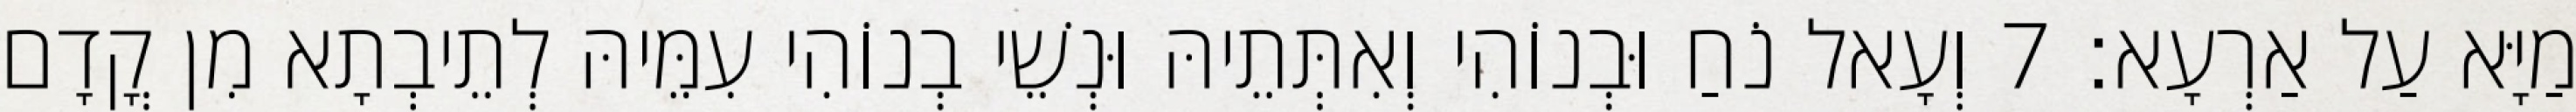
מַיָּא עַל אַרְעָא׃ 7 וְעָאל נֹחַ וּבְנוֹהִי וְאִתְּתֵיהּ וּנְשֵׁי בְנוֹהִי עִמֵּיהּ לְתֵיבְתָא מִן קֳדָם